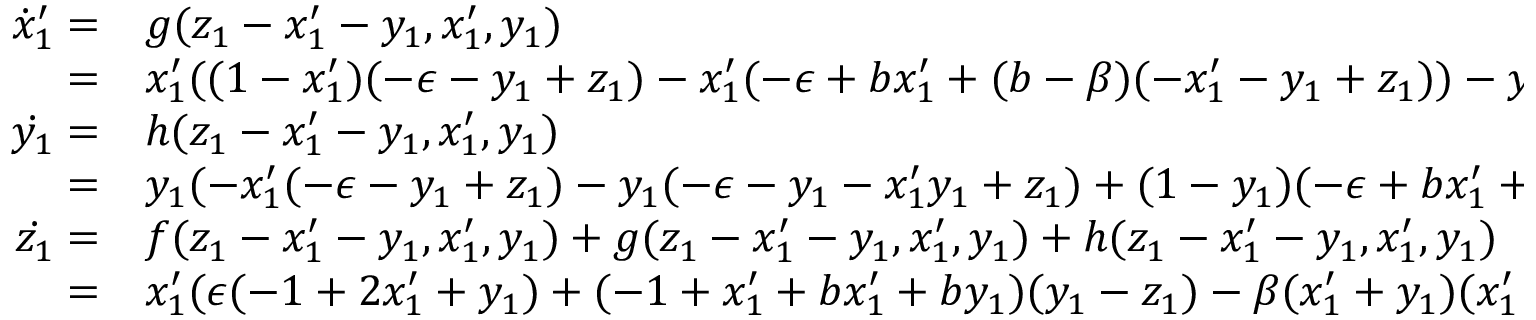
\centering \begin{array} { r l } { \dot { x } _ { 1 } ^ { \prime } = } & { { } g ( z _ { 1 } - x _ { 1 } ^ { \prime } - y _ { 1 } , x _ { 1 } ^ { \prime } , y _ { 1 } ) } \\ { = } & { { } x _ { 1 } ^ { \prime } ( ( 1 - x _ { 1 } ^ { \prime } ) ( - \epsilon - y _ { 1 } + z _ { 1 } ) - x _ { 1 } ^ { \prime } ( - \epsilon + b x _ { 1 } ^ { \prime } + ( b - \beta ) ( - x _ { 1 } ^ { \prime } - y _ { 1 } + z _ { 1 } ) ) - y _ { 1 } ( - \epsilon + b x _ { 1 } ^ { \prime } + ( b - \beta ) ( - x _ { 1 } ^ { \prime } - y _ { 1 } + z _ { 1 } ) ) ) } \\ { \dot { y _ { 1 } } = } & { { } h ( z _ { 1 } - x _ { 1 } ^ { \prime } - y _ { 1 } , x _ { 1 } ^ { \prime } , y _ { 1 } ) } \\ { = } & { { } y _ { 1 } ( - x _ { 1 } ^ { \prime } ( - \epsilon - y _ { 1 } + z _ { 1 } ) - y _ { 1 } ( - \epsilon - y _ { 1 } - x _ { 1 } ^ { \prime } y _ { 1 } + z _ { 1 } ) + ( 1 - y _ { 1 } ) ( - \epsilon + b x _ { 1 } ^ { \prime } + ( b - \beta ) ( - x _ { 1 } ^ { \prime } - y _ { 1 } + z _ { 1 } ) ) ) } \\ { \dot { z _ { 1 } } = } & { { } f ( z _ { 1 } - x _ { 1 } ^ { \prime } - y _ { 1 } , x _ { 1 } ^ { \prime } , y _ { 1 } ) + g ( z _ { 1 } - x _ { 1 } ^ { \prime } - y _ { 1 } , x _ { 1 } ^ { \prime } , y _ { 1 } ) + h ( z _ { 1 } - x _ { 1 } ^ { \prime } - y _ { 1 } , x _ { 1 } ^ { \prime } , y _ { 1 } ) } \\ { = } & { { } x _ { 1 } ^ { \prime } ( \epsilon ( - 1 + 2 x _ { 1 } ^ { \prime } + y _ { 1 } ) + ( - 1 + x _ { 1 } ^ { \prime } + b x _ { 1 } ^ { \prime } + b y _ { 1 } ) ( y _ { 1 } - z _ { 1 } ) - \beta ( x _ { 1 } ^ { \prime } + y _ { 1 } ) ( x _ { 1 } ^ { \prime } + y _ { 1 } - z _ { 1 } ) ) + } \end{array}